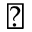
\blacktriangle